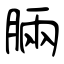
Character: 脼